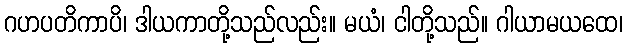
ဂဟပတိကာပိ၊ ဒါယကာတို့သည်လည်း။ မယံ၊ ငါတို့သည်။ ဂါယာမယထေ၊